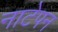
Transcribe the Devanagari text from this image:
नाटेपन